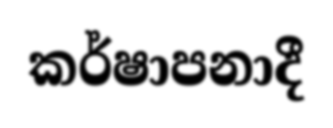
කර්ෂාපනාදී